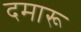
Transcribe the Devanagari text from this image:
दमारू